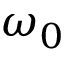
\omega _ { 0 }